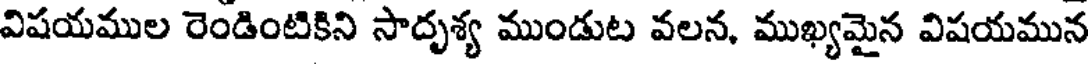
విషయముల రెండింటికిని సాదృశ్య ముండుట వలన, ముఖ్యమైన విషయమున